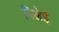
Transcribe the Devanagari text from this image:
पिलेई